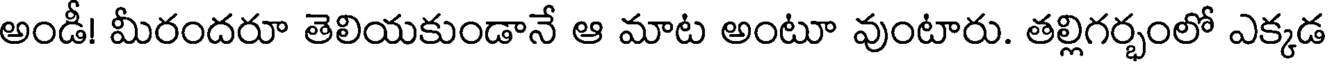
అండీ! మీరందరూ తెలియకుండానే ఆ మాట అంటూ వుంటారు. తల్లిగర్భంలో ఎక్కడ